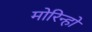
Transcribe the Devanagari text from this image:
मोरिन्हो